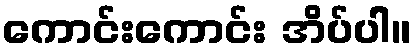
ကောင်းကောင်း အိပ်ပါ။